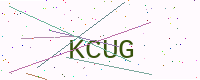
Text: KCUG